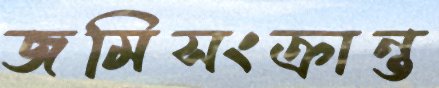
জমিসংক্রান্ত